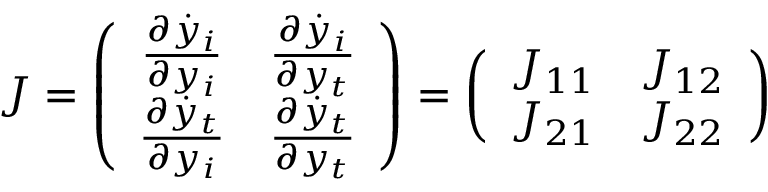
J = \left( \begin{array} { c c } { \frac { \partial \dot { y } _ { i } } { \partial y _ { i } } } & { \frac { \partial \dot { y } _ { i } } { \partial y _ { t } } } \\ { \frac { \partial \dot { y } _ { t } } { \partial y _ { i } } } & { \frac { \partial \dot { y } _ { t } } { \partial y _ { t } } } \end{array} \right) = \left( \begin{array} { c c } { J _ { 1 1 } } & { J _ { 1 2 } } \\ { J _ { 2 1 } } & { J _ { 2 2 } } \end{array} \right)